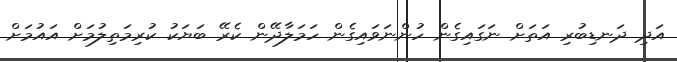
އަދި ދަނޑިބުރި އަތަށް ނަގައިގެން ހުންނަވައިގެން ހަމަލާދޭން ކެރޭ ބަޔަކު ކުރިމަތިލުމަށް އައުމަށް